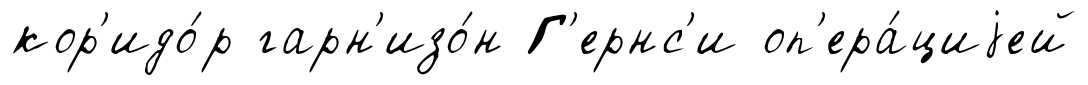
кор'идо́р гарн'изо́н Г'ернс'и оп'ера́циjей